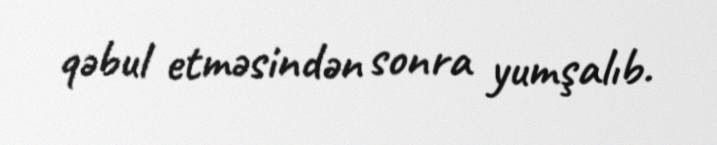
qəbul etməsindən sonra yumşalıb.